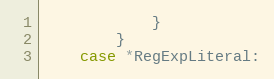
Language: Go
			}
		}
	case *RegExpLiteral: